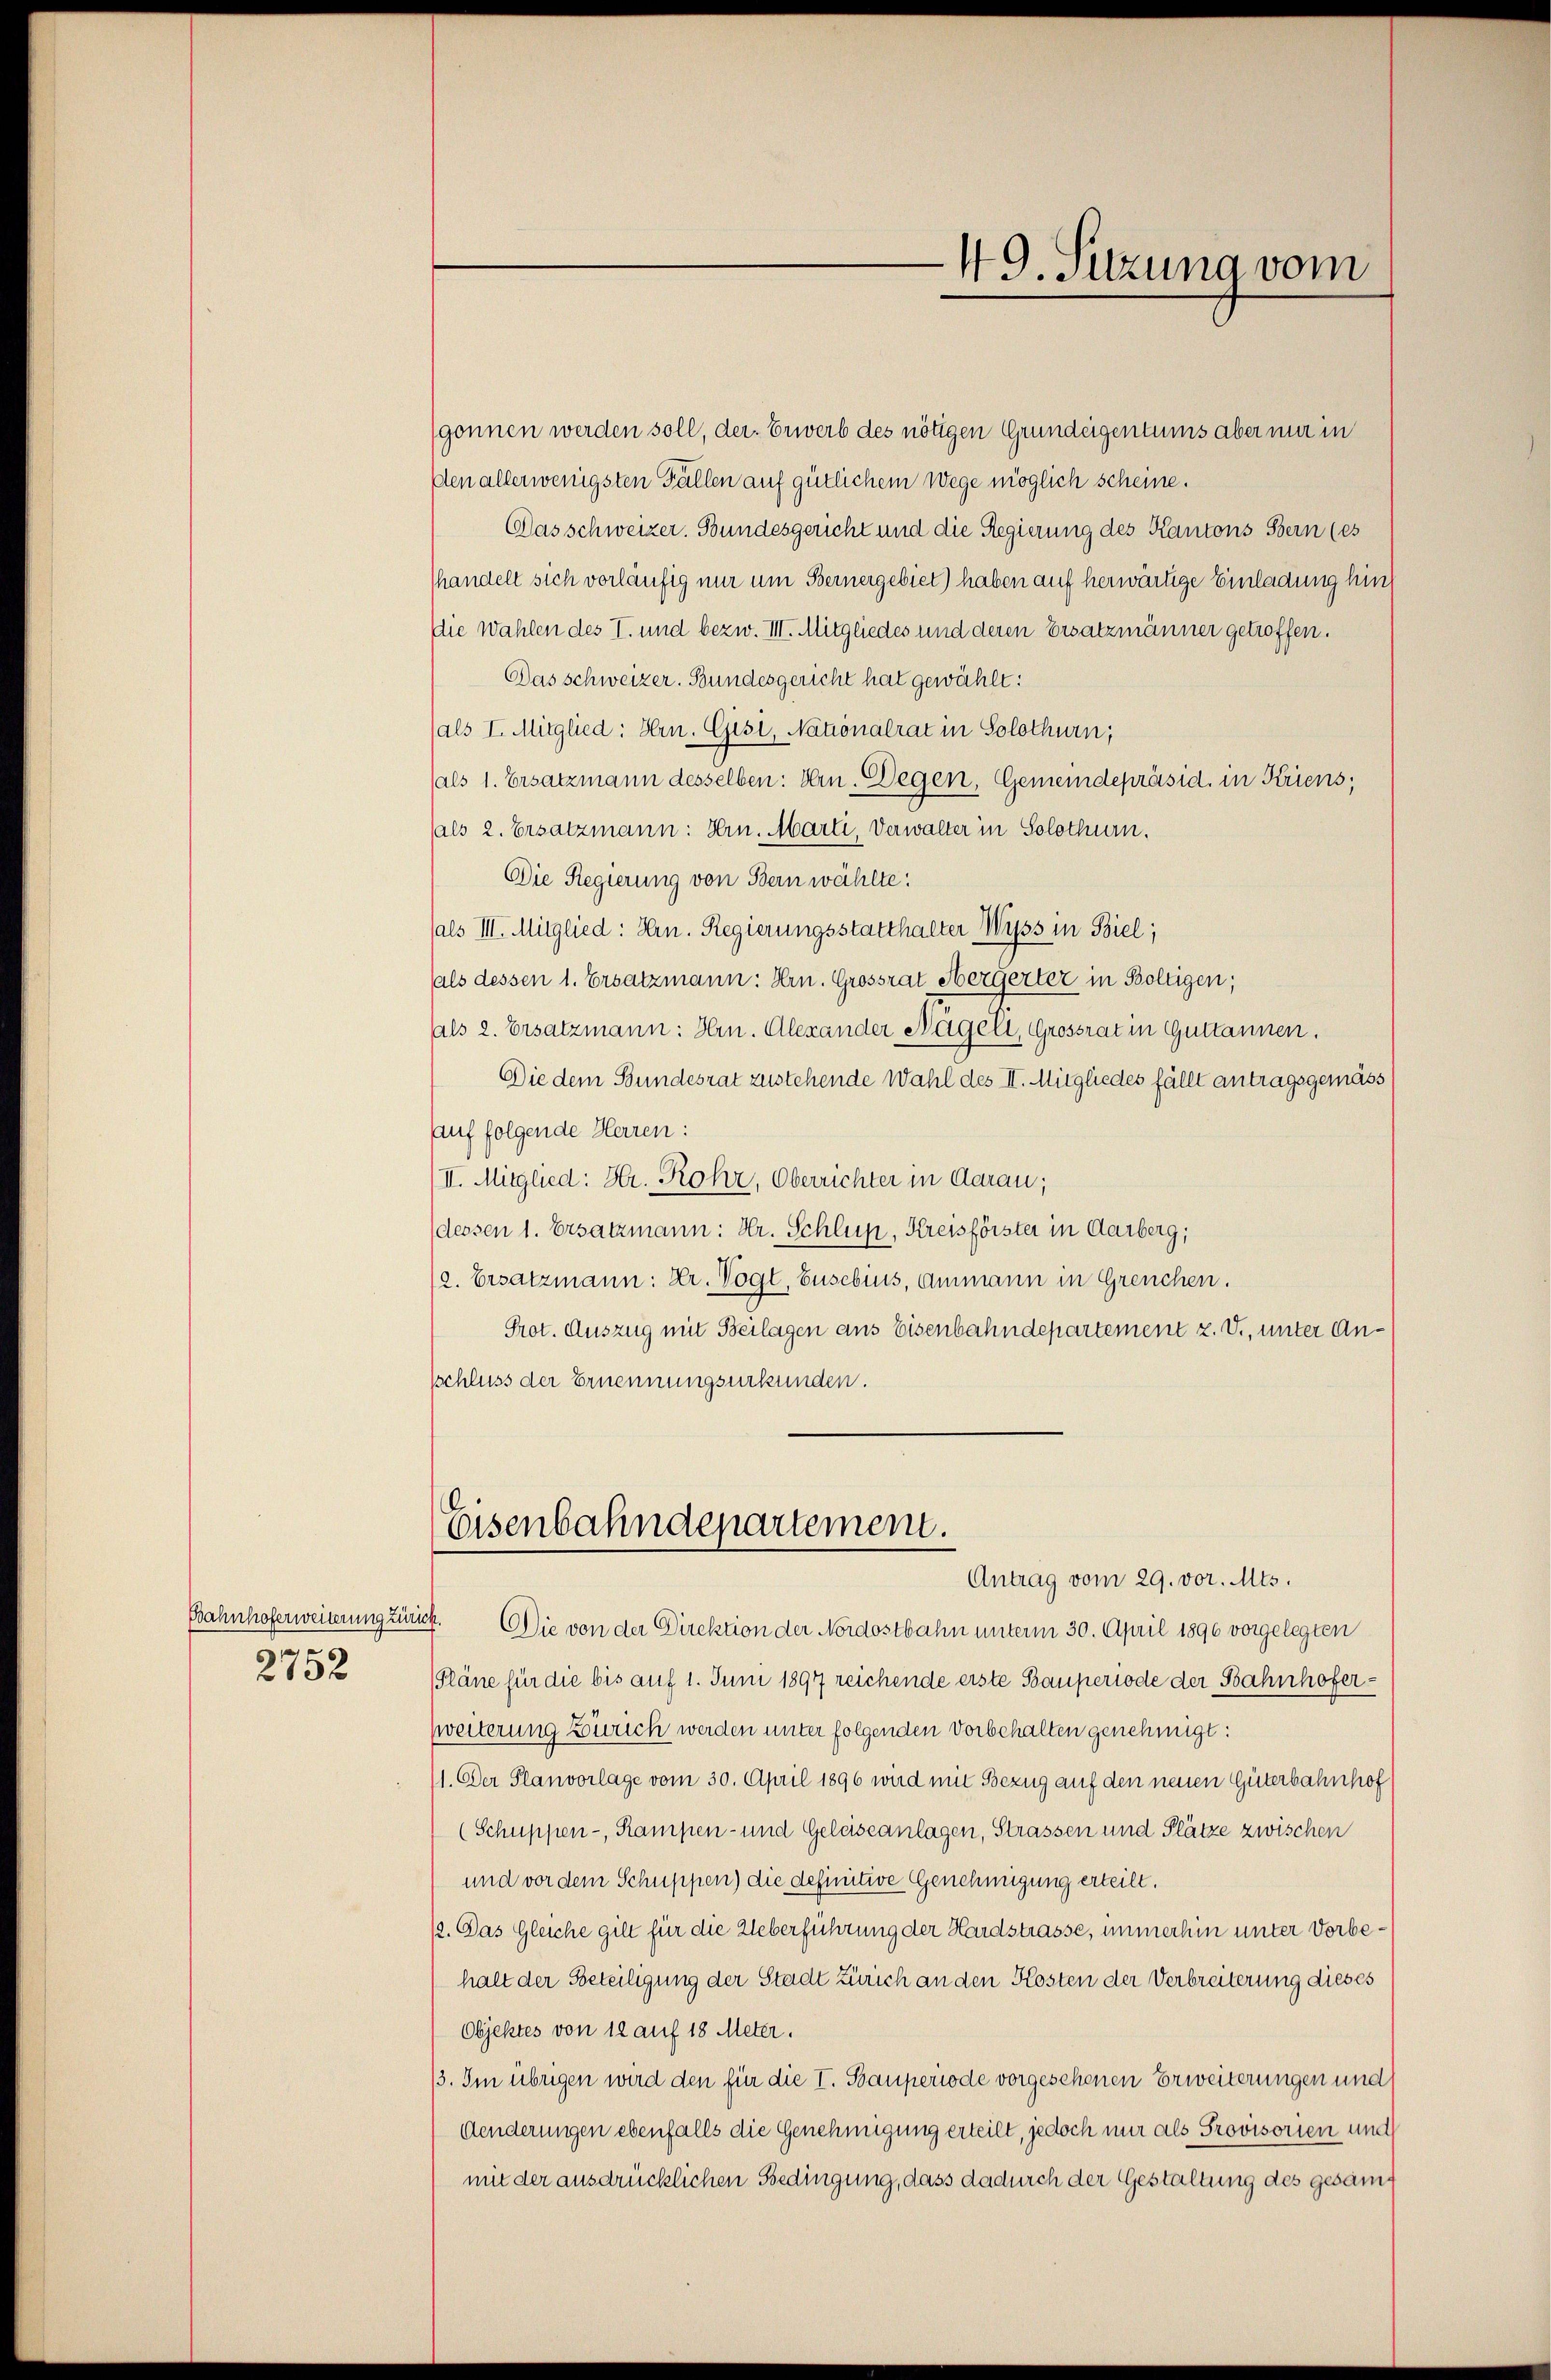
Bahnhoferweiterung zum
2752

49. Sitzung vom

gonnen werden soll, der Erwerb des nötigen Grundeigentums aber mir in
den allerwenigsten Fällen auf gütlichem Wege möglich scheine.
Das schweizer. Bundesgericht und die Regierung des Kantons Bern (es
handelt sich vorläufig nur um Bernergebiet) haben auf herwärtige Einladung hin
Ddie Wahlen des I. und bezw. III. Mitgliedes und deren Ersatzmänner getroffen.
Das schweizer. Bundesgericht hat gewählt:
(als I. Mitglied: Hrn. Gisi, Nationalrat in Solothurn,
als 1. Ersatzmann desselben: Hrn. Gegen, Gemeindepräsid. in Kriens,
(als 2. Ersatzmann: Hrn. Marti, Verwalter in Solothurn.
Die Regierung von Bern wählte:
als III. Mitglied: Hrn. Regierungsstatthalter Wyss in Biel;
als dessen 1. Ersatzmann: Hrn. Grossrat Hergerter in Boltigen;
als 2. Ersatzmann: Hrn. Alexander Nägeli, Grossrat in Guttannen.
Die dem Bundesrat zustehende Wahl des II. Mitgliedes fällt antragsgemäss
auf folgende Herren:
II. Mitglied: Hr. Rohr, Oberrichter in Aarau;
dessen 1. Ersatzmann: Hr. Schluss, Kreisförster in Aarberg,
2. Ersatzmann: Kr. Vogt, Eusebius, Ammann in Greuchen.
Prot. Auszug mit Beilagen aus Eisenbahndepartement z. V., unter Ansschluss der Ernennungsurkunden.
Eisenbahndepartement.
Antrag vom 29. vor. Mts.
ut. Die von der Direktion der Nordostbahn unterm 30. April 1896 vorgelegten
(Pläne für die bis auf 1. Juni 1897 reichende erste Bauperiode der Bahnhofer¬
Zweiterung Zürich werden unter folgenden Vorbehalten genehmigt:
11. Der Planvorlage vom 30. April 1896 wird mit Bezug auf den neuen Güterbahnhof
(Schuppen-, Rampen- und Geleiseanlagen, Strassen und Plätze zwischen
und vor dem Schuppen) die definitive Genehmigung erteilt.
12. Das Gleiche gilt für die Ueberführung der Hardstrasse, immerhin unter Vorbehalt der Beteiligung der Stadt Zürich an den Kosten der Verbreiterung dieses
Objektes von 12 auf 18 Meter.
3. Im übrigen wird den für die I. Bauperiode vorgesehenen Erweiterungen und
Aenderungen ebenfalls die Genehmigung erteilt, jedoch nur als Provisorien und
mit der ausdrücklichen Bedingung, dass dadurch der Gestaltung des gesam¬